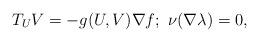
LaTeX: \begin{align*}T_U V =- g(U, V) \nabla f; ~\nu (\nabla \lambda) =0,\end{align*}